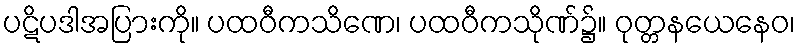
ပဋိပဒါအပြားကို။ ပထဝီကသိဏေ၊ ပထဝီကသိုဏ်၌။ ဝုတ္တနယေနေဝ၊